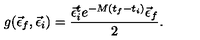
g ( \vec { \epsilon } _ { f } , \vec { \epsilon } _ { i } ) = \frac { \vec { \epsilon } _ { i } ^ { t } e ^ { - M ( t _ { f } - t _ { i } ) } \vec { \epsilon } _ { f } } { 2 } .